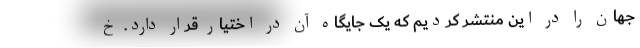
جهان را در این منتشر کردیم که یک جایگاه آن در اختیار قرار دارد. خ